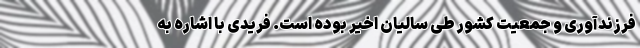
فرزندآوری و جمعیت کشور طی سالیان اخیر بوده است. فریدی با اشاره به